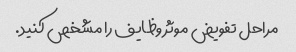
مراحل تفویض موثر وظایف را مشخص کنید.